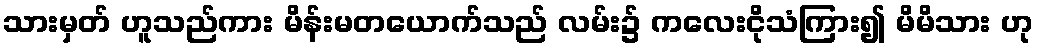
သားမှတ် ဟူသည်ကား မိန်းမတယောက်သည် လမ်း၌ ကလေးငိုသံကြား၍ မိမိသား ဟု